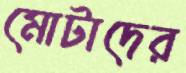
মোটাদের